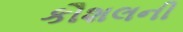
કૌશલની